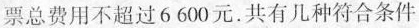
总费用不超过6600元。共有几种符合条件